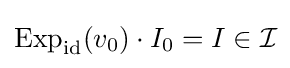
\mathrm {Exp} _{\mathrm {id} }(v_{0})\cdot I_{0}=I\in {\mathcal {I}}